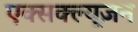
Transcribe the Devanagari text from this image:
एक्सक्ल्यूज़न